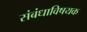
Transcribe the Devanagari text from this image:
संबंधाविषयक